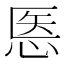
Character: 悘